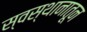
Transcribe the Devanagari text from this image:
स्वस्थानातून